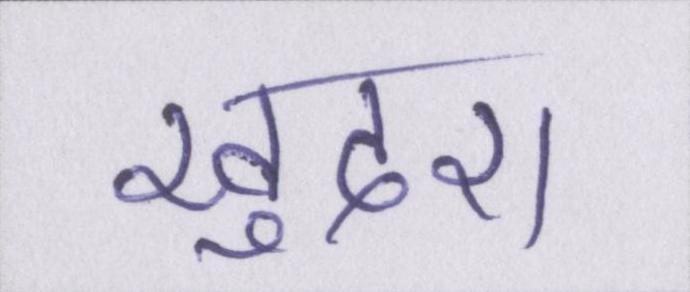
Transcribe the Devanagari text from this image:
खुदरा